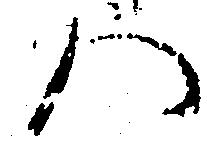
ハ